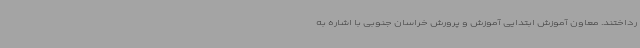
رداختند. معاون آموزش ابتدایی آموزش و پرورش خراسان جنوبی با اشاره به